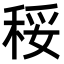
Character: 䅑